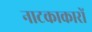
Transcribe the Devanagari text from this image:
नाटकाकारों